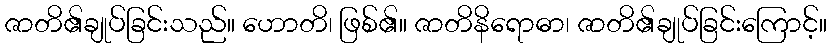
ဇာတိ၏ချုပ်ခြင်းသည်။ ဟောတိ၊ ဖြစ်၏။ ဇာတိနိရောဓာ၊ ဇာတိ၏ချုပ်ခြင်းကြောင့်။